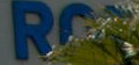
REG